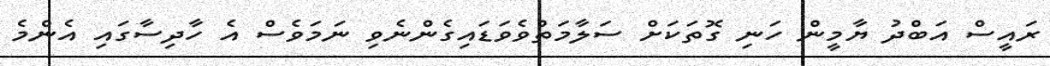
ރައީސް އަބްދު ޔާމީން ހަނި ގޮތަކަށް ސަލާމަތްވެވަޑައިގެންނެވި ނަމަވެސް އެ ހާދިސާގައި އެންމެ